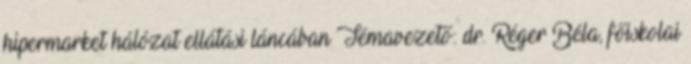
hipermarket hálózat ellátási láncában Témavezető: dr. Réger Béla, főiskolai